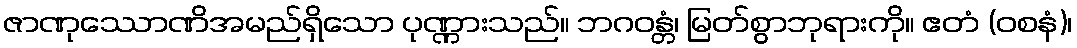
ဇာဏုဿောဏိအမည်ရှိသော ပုဏ္ဏားသည်။ ဘဂဝန္တံ၊ မြတ်စွာဘုရားကို။ ဧတံ (ဝစနံ)၊